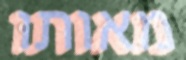
מאותו